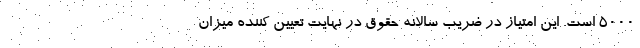
۵۰۰۰ است. این امتیاز در ضریب سالانه حقوق در نهایت تعیین کننده میزان